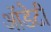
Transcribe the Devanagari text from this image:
ऑडेटी